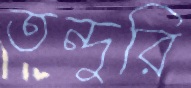
তন্দুরি